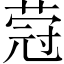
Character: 蒄